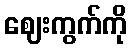
ဈေးကွက်ကို